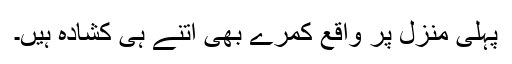
پہلی منزل پر واقع کمرے بھی اتنے ہی کشادہ ہیں۔